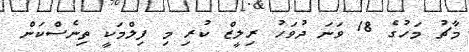
މާޗު މަހުގެ 18 ވަނަ ދުވަހު ރިލީޒް ކުރި މި ފިލްމަކީ ތިނެސްކަން